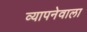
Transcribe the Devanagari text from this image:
व्यापनेवाला